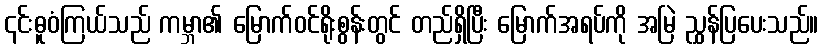
၎င်းဓူဝံကြယ်သည် ကမ္ဘာ၏ မြောက်ဝင်ရိုးစွန်းတွင် တည်ရှိပြီး မြောက်အရပ်ကို အမြဲ ညွှန်ပြပေးသည်။